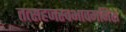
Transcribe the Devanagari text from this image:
तत्सहजस्वभावमनिशं